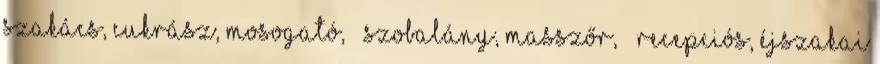
szakács, cukrász, mosogató, – szobalány, masszőr, – recepciós, éjszakai